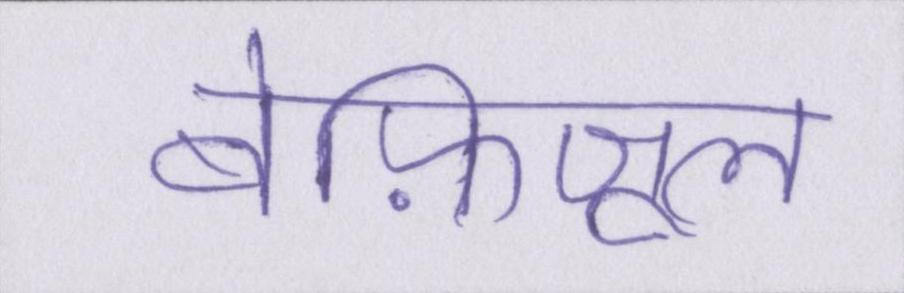
बेफ़िजूल